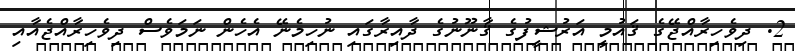
2. ދިވެހިރާއްޖޭގެ ޤައުމީ އަރުޝީފުގެ ޤާނޫނުގެ ދާއިރާގައި ނުހިމެނޭ އެހެން ނަމަވެސް ދިވެހިރާއްޖެއާއި